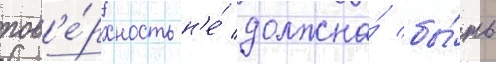
пов'е́рхность н'е́ должна́ бы́ть